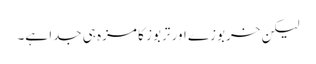
لیکن خربوزے اور تربوز کا مزہ ہی جدا ہے۔